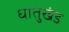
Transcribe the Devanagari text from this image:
धातुखंड